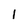
Character: 1